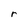
Character: r